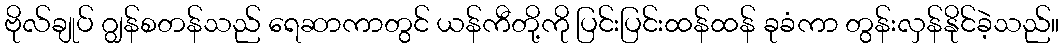
ဗိုလ်ချုပ် ဂျွန်စတန်သည် ရေဆာကာတွင် ယန်ကီတို့ကို ပြင်းပြင်းထန်ထန် ခုခံကာ တွန်းလှန်နိုင်ခဲ့သည်။